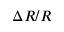
\Delta R / R